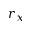
r _ { x }